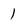
Character: 1